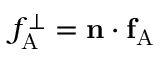
f _ { \mathrm { A } } ^ { \perp } = \mathbf { n } \cdot \mathbf { f } _ { \mathrm { A } }